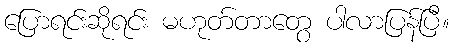
ပြောရင်းဆိုရင်း မဟုတ်တာတွေ ပါလာပြန်ပြီ။